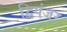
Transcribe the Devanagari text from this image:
द्विपंजर